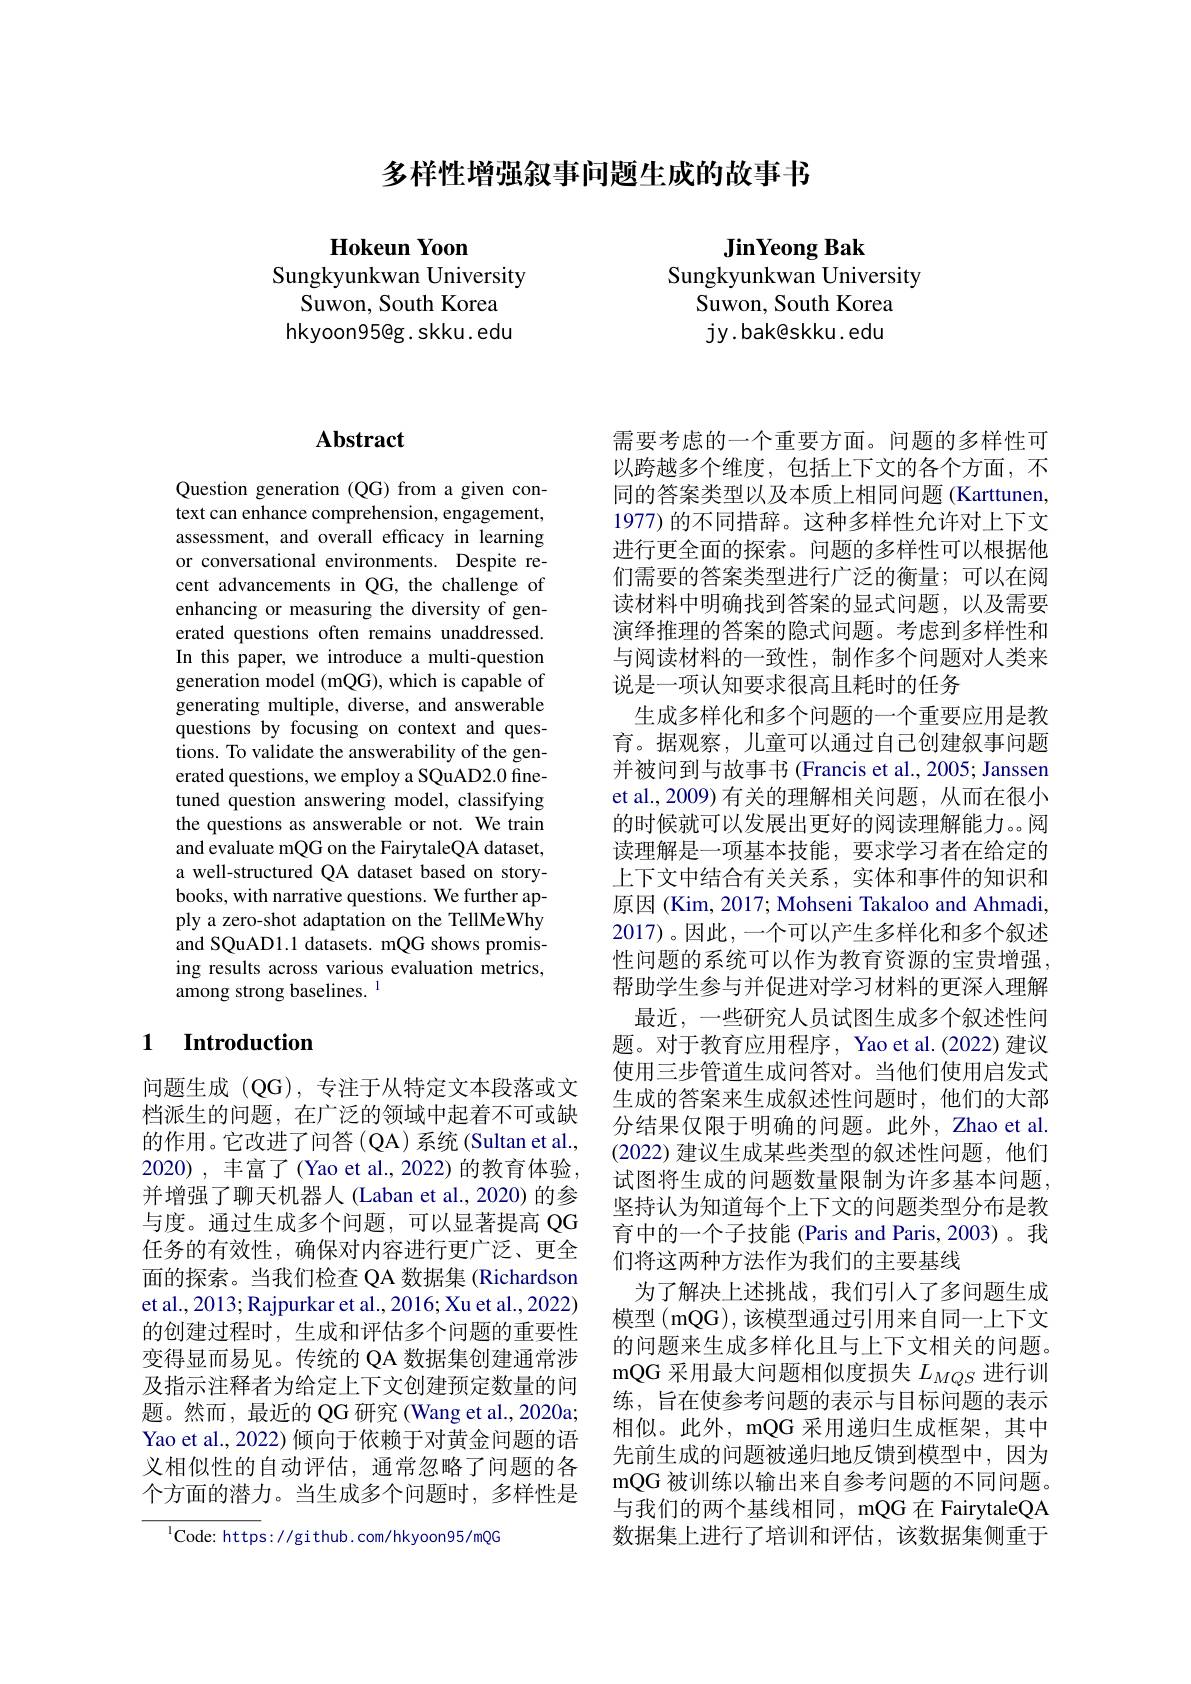
多样性增强叙事问题生成的故事书

Hokeun Yoon
Sungkyunkwan University
Suwon, South Korea hkyoon95@g. skku. edu

JinYeong Bak
Sungkyunkwan University
Suwon, South Korea jy.bak@skku.edu

## $\mathbf{Abstract}$

Question generation (QG) from a given context can enhance comprehension, engagement, assessment, and overall efficacy in learning or conversational environments. Despite recent advancements in QG, the challenge of enhancing or measuring the diversity of generated questions often remains unaddressed. In this paper, we introduce a multi-question generation model (mQG), which is capable of generating multiple, diverse, and answerable questions by focusing on context and questions. To validate the answerability of the generated questions, we employ a SQuAD2.0 finetuned question answering model, classifying the questions as answerable or not. We train and evaluate mQG on the FairytaleQA dataset, a well-structured QA dataset based on storybooks, with narrative questions. We further apply a zero-shot adaptation on the TellMeWhy and SQuAD1.1 datasets. mQG shows promising results across various evaluation metrics, among strong baselines. $^{1}$

## 1 Introduction

问题生成 (QG),专注于从特定文本段落或文档派生的问题，在广泛的领域中起着不可或缺的作用。它改进了问答(QA)系统(Sultan et al., 2020), 丰富了(Yao et al., 2022) 的教育体验并增强了聊天机器人(Laban et al., 2020)的参与度。通过生成多个问题，可以显著提高 QG 任务的有效性，确保对内容进行更广泛、更全面的探索。当我们检查 QA 数据集 (Richardson et al., 2013; Rajpurkar et al., 2016; Xu et al., 2022) 的创建过程时，生成和评估多个问题的重要性变得显而易见。传统的 QA 数据集创建通常涉及指示注释者为给定上下文创建预定数量的问题。然而，最近的 QG 研究 (Wang et al.,2020a; Yao et al., 2022) 倾向于依赖于对黄金问题的语义相似性的自动评估，通常忽略了问题的各个方面的潜力。当生成多个问题时，多样性是

$^{1}$Code: https://github. com/hkyoon95/mQG

需要考虑的一个重要方面。问题的多样性可以跨越多个维度，包括上下文的各个方面，不同的答案类型以及本质上相同问题 (Karttunen, 1977) 的不同措辞。这种多样性允许对上下文进行更全面的探索。问题的多样性可以根据他们需要的答案类型进行广泛的衡量；可以在阅读材料中明确找到答案的显式问题，以及需要演绎推理的答案的隐式问题。考虑到多样性和与阅读材料的一致性，制作多个问题对人类来说是一项认知要求很高且耗时的任务
生成多样化和多个问题的一个重要应用是教育。据观察，儿童可以通过自己创建叙事问题并被问到与故事书 (Francis et al., 2005; Janssen et al., 2009) 有关的理解相关问题，从而在很小的时候就可以发展出更好的阅读理解能力。。阅读理解是一项基本技能，要求学习者在给定的上下文中结合有关关系，实体和事件的知识和原因 (Kim, 2017; Mohseni Takaloo and Ahmadi, 2017)。因此，一个可以产生多样化和多个叙述性问题的系统可以作为教育资源的宝贵增强， 帮助学生参与并促进对学习材料的更深人理解
最近，一些研究人员试图生成多个叙述性问题。对于教育应用程序，Yao et al.(2022) 建议使用三步管道生成问答对。当他们使用启发式生成的答案来生成叙述性问题时，他们的大部分结果仅限于明确的问题。此外，Zhao et al. (2022)建议生成某些类型的叙述性问题，他们试图将生成的问题数量限制为许多基本问题， 坚持认为知道每个上下文的问题类型分布是教育中的一个子技能 (Paris and Paris, 2003)。我们将这两种方法作为我们的主要基线
为了解决上述挑战，我们引人了多问题生成模型 (mQG), 该模型通过引用来自同一上下文的问题来生成多样化且与上下文相关的问题。mQG 采用最大问题相似度损失$L_{MQS}$进行训练，旨在使参考问题的表示与目标问题的表示相似。此外，mQG 采用递归生成框架，其中先前生成的问题被递归地反馈到模型中，因为mQG被训练以输出来自参考问题的不同问题。与我们的两个基线相同，mQG 在 FairytaleQA 数据集上进行了培训和评估，该数据集侧重于